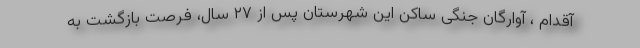
آقدام ، آوارگان جنگی ساکن این شهرستان پس از ۲۷ سال، فرصت بازگشت به